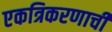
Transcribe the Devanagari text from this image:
एकत्रिकरणाची